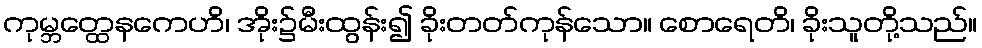
ကုမ္ဘတ္ထေနကေဟိ၊ အိုး၌မီးထွန်း၍ ခိုးတတ်ကုန်သော။ စောရေတိ၊ ခိုးသူတို့သည်။